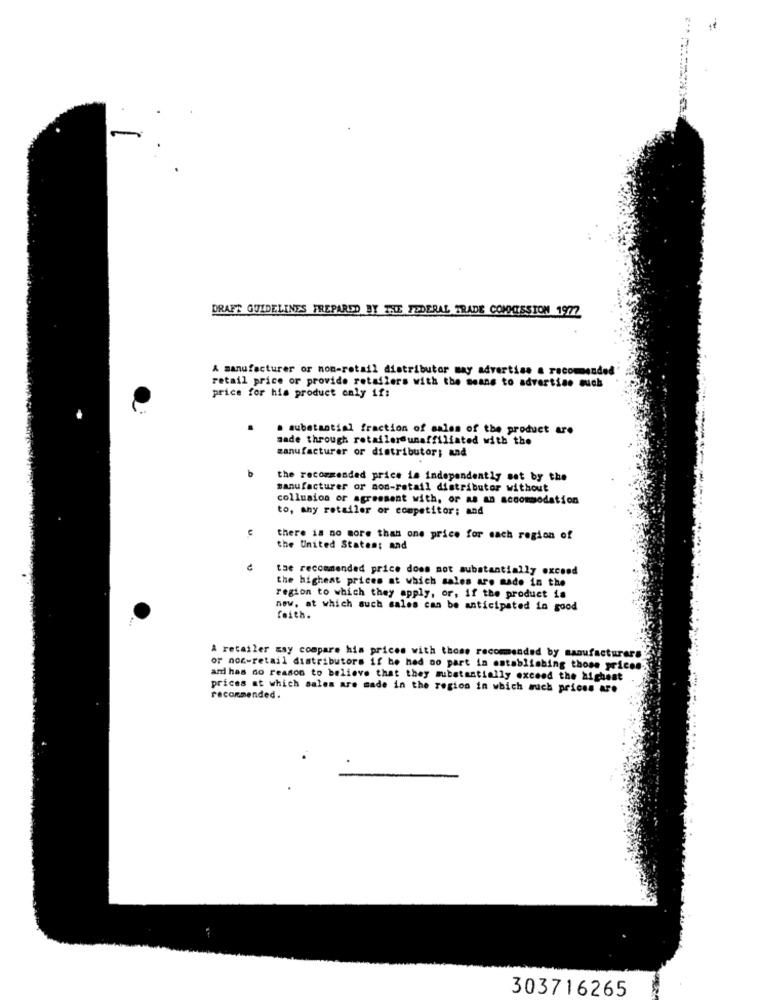
DRAFT GUIDELINES FREPARED BY THE FEDERAL TRADE COMMISSION 1972
A manufacturer or non-retail distributor may advertise a recommended
retail price or provide retailers with the means to advertise auch
price for his product only if:
.
. substantial fraction of sales of the product are
made through retailersunaffiliated with the
manufacturer or distributor; and
b
the recommended price is independently set by the
manufacturer or non-retail distributor without
collusion or agreement with, or as an accommodation
to, any retailer or competitor; and
there is no more than one price for mach region of
the United States; and
the recommended price does not substantially exceed
the highest prices at which sales are made in the
region to which they apply, or, if the product is
new, at which such sales can be anticipated in good
feith.
A retailer Esy compare his prices with those recommended by manufacturers
or noc-retail distributors if he had no part in establishing those prices
and has no reason to believe that they substantially exceed the highest
prices at which sales are made in the region in which such prices are
recommended.
303716265